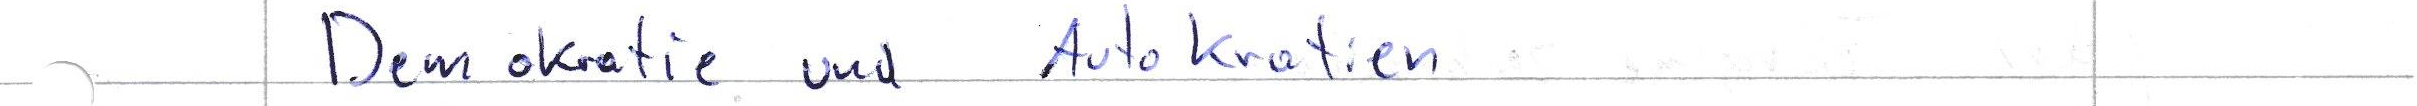
Demokratie und Autokratien